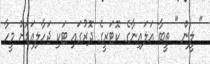
" ލީން " ތީބާ އަލައިނާގެ ކޮޓަރީގެ ދޮރުގައި ޓަކި ޖަހާލިއަޑަށް މީހާ